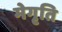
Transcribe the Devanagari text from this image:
मेगृति